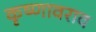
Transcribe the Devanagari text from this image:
कृष्णावराव